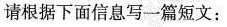
请根据下面信息写一篇短文：